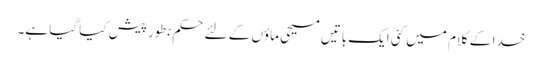
خدا کے کلام میں کئی ایک باتیں مسیحی ماؤں کے لئے حکم بطور پیش کیا گیا ہے۔